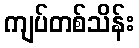
ကျပ်တစ်သိန်း